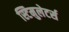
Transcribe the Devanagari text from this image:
स्टिमुलेटर्स